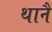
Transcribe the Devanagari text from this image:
थानै